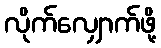
လိုက်လျှောက်ဖို့